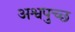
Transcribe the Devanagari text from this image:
अश्वपुच्छ